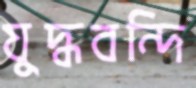
যুদ্ধবন্দি